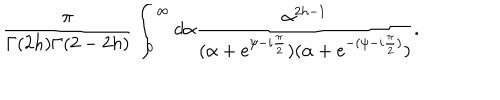
\frac { \pi } { \Gamma ( 2 h ) \Gamma ( 2 - 2 h ) } \int _ { 0 } ^ { \infty } d \alpha \frac { \alpha ^ { 2 h - 1 } } { ( \alpha + e ^ { \psi - i \frac { \pi } { 2 } } ) ( \alpha + e ^ { - ( \psi - i \frac { \pi } { 2 } ) } ) } .